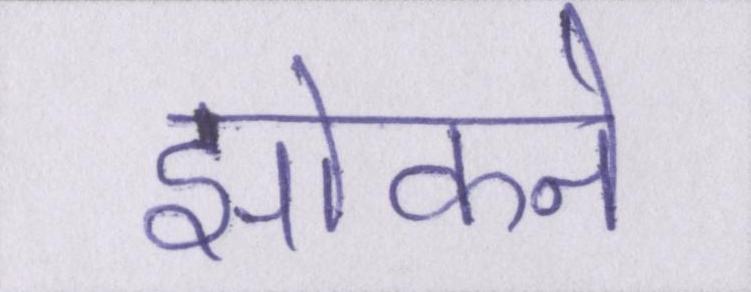
झांकने